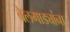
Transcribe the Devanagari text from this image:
बैलगाड्यांना